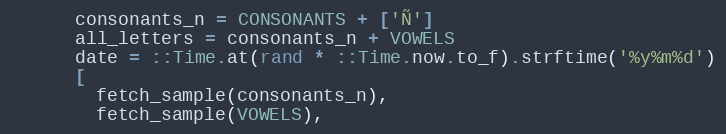
Language: Ruby
      consonants_n = CONSONANTS + ['Ñ']
      all_letters = consonants_n + VOWELS
      date = ::Time.at(rand * ::Time.now.to_f).strftime('%y%m%d')
      [
        fetch_sample(consonants_n),
        fetch_sample(VOWELS),